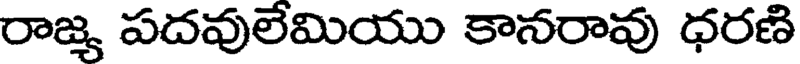
రాజ్య పదవులేమియు కానరావు ధరణి